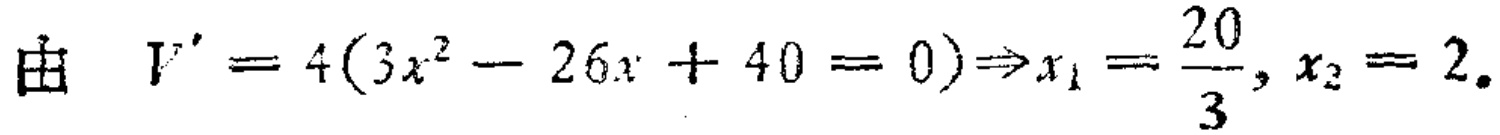
由 \(V' = 4(3x^{2}-26x + 40 = 0)\Rightarrow x_{1}=\frac{20}{3},x_{2}=2\)